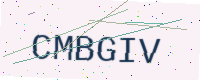
Text: CMBGIV